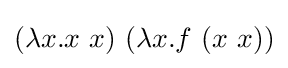
(\lambda x.x\ x)\ (\lambda x.f\ (x\ x))